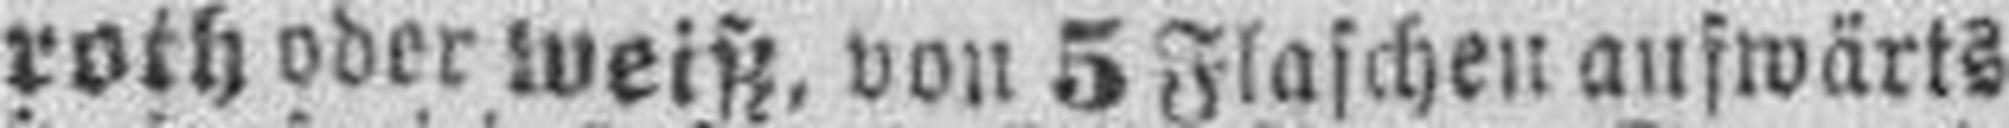
roth ober weiß,von 5 Flaschen aufwärts